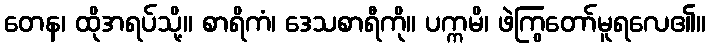
တေန၊ ထိုအရပ်သို့။ စာရိကံ၊ ဒေသစာရီကို။ ပက္ကမိ၊ ဖဲကြွတော်မူရလေ၏။